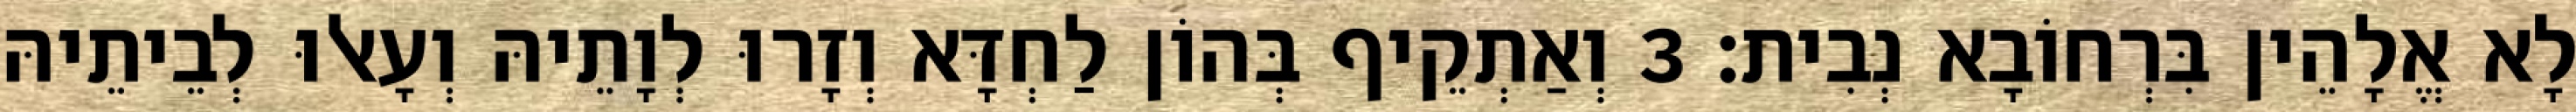
לָא אֱלָהֵין בִּרְחוֹבָא נְבִית׃ 3 וְאַתְקֵיף בְּהוֹן לַחְדָּא וְזָרוּ לְוָתֵיהּ וְעָאלוּ לְבֵיתֵיהּ